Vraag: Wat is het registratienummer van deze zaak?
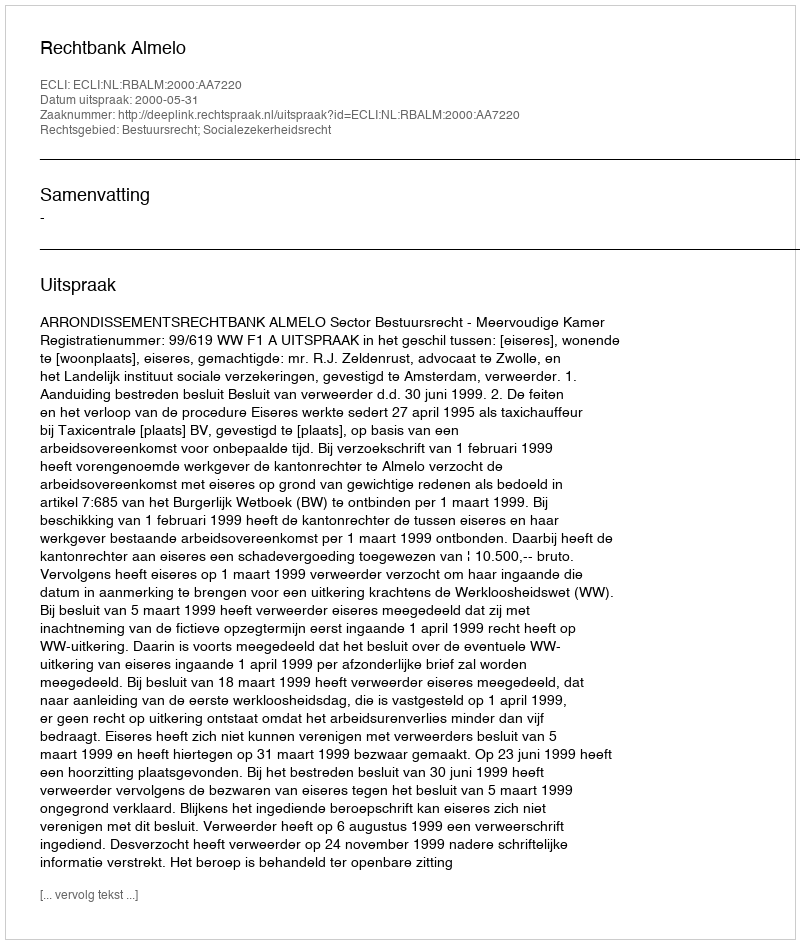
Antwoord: http://deeplink.rechtspraak.nl/uitspraak?id=ECLI:NL:RBALM:2000:AA7220